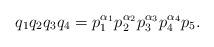
LaTeX: \begin{align*}q_1q_2q_3q_4 = p_1^{\alpha_1}p_2^{\alpha_2}p_3^{\alpha_3}p_4^{\alpha_4}p_5.\end{align*}